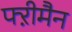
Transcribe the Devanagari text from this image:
फ्ऱीमैन